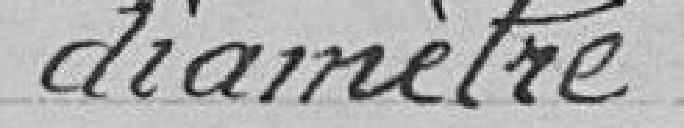
diamètre